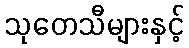
သုတေသီများနှင့်